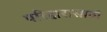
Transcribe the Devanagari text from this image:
परिहारासाठी